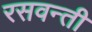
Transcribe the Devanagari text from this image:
रसवन्ती